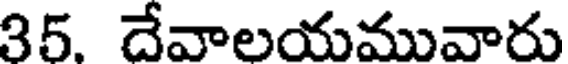
35. దేవాలయమువారు